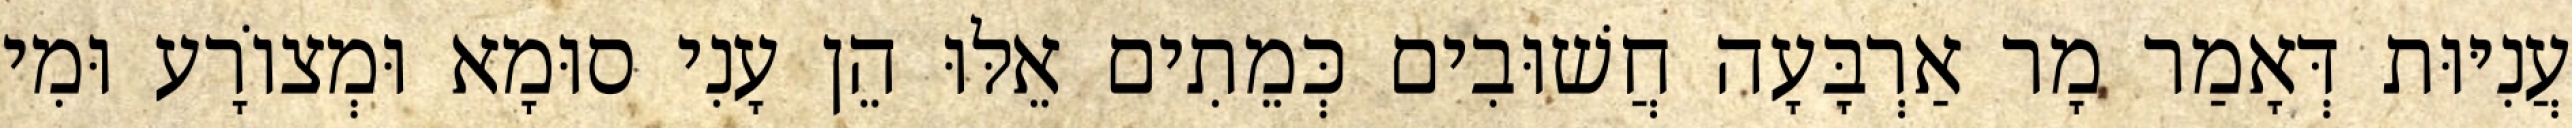
עֲנִיּוּת דְּאָמַר מָר אַרְבָּעָה חֲשׁוּבִים כְּמֵתִים אֵלּוּ הֵן עָנִי סוּמָא וּמְצוֹרָע וּמִי